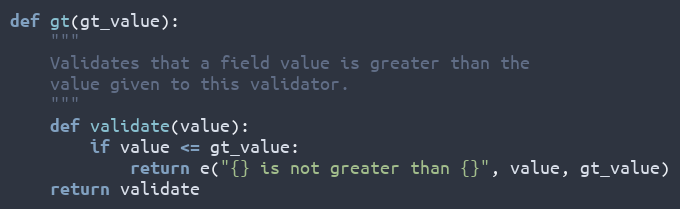
Language: Python
def gt(gt_value):
    """
    Validates that a field value is greater than the
    value given to this validator.
    """
    def validate(value):
        if value <= gt_value:
            return e("{} is not greater than {}", value, gt_value)
    return validate